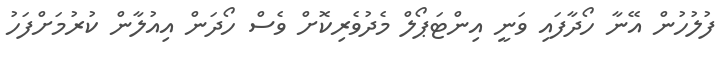
ފުލުހުން އޭނާ ހޯދާފައި ވަނީ އިންޓަޕޯލް މެދުވެރިކޮށް ވެސް ހޯދަން އިއުލާން ކުރުމަށްފަހު